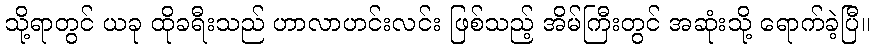
သို့ရာတွင် ယခု ထိုခရီးသည် ဟာလာဟင်းလင်း ဖြစ်သည့် အိမ်ကြီးတွင် အဆုံးသို့ ရောက်ခဲ့ပြီ။